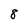
Character: 8